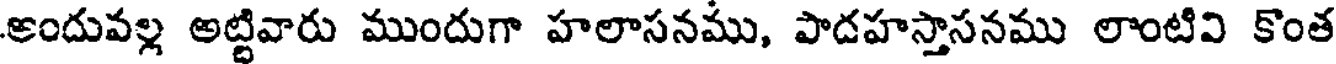
అందువల్ల అట్టివారు ముందుగా హలాసనము, పాదహస్తాసనము లాంటివి కొంత